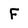
Character: F